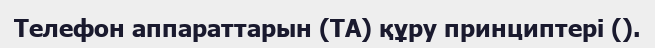
Телефон аппараттарын (ТА) құру принциптері ().